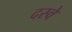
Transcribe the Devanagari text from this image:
दस्वे